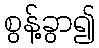
စွန့်ခွာ၍